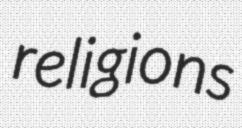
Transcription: religions